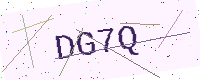
Text: DG7Q